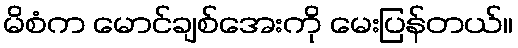
မိစံက မောင်ချစ်အေးကို မေးပြန်တယ်။